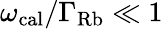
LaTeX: \omega_{\mathrm{cal}}/\Gamma_{\mathrm{Rb}}\ll 1